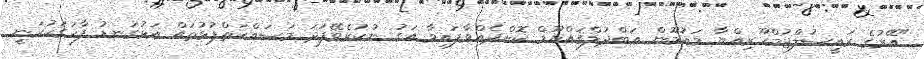
"އޭރުގެ ރައީސުލްޖުމްހޫރިއްޔާ މައުމޫން ޢަބްދުލްޤައްޔޫމް ކޮށްދެއްވާފައިވާ އަގު ނުކުރެވޭފަދަ މަސައްކަތްޕުޅުތައް އަޅުގަނޑު ފާހަގަކުރަނީ